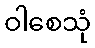
ဝါစေသုံ